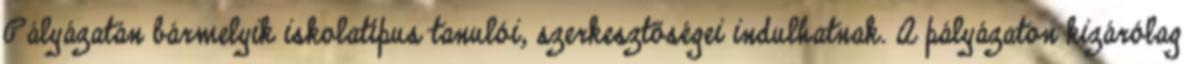
Pályázatán bármelyik iskolatípus tanulói, szerkesztőségei indulhatnak. A pályázaton kizárólag